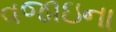
વજાઇના